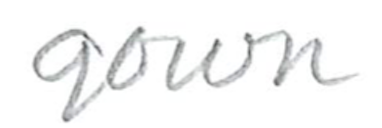
Text: gown
Cross-out: clean
Writing tool: pencil